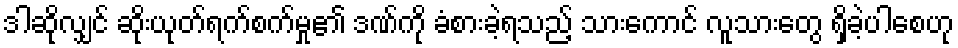
ဒါဆိုလျှင် ဆိုးယုတ်ရက်စက်မှု၏ ဒဏ်ကို ခံစားခဲ့ရသည့် သားကောင် လူသားတွေ ရှိခဲ့ပါစေဟု